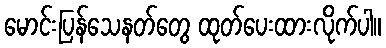
မောင်းပြန်သေနတ်တွေ ထုတ်ပေးထားလိုက်ပါ။